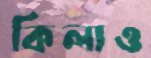
কিলাও